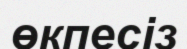
өкпесіз